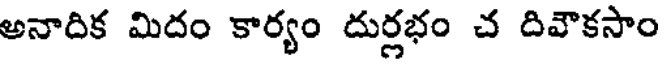
అనాదిక మిదం కార్యం దుర్లభం చ దివౌకసాం